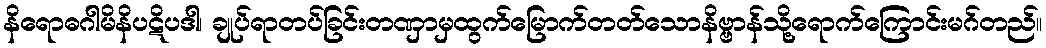
နိရောဓဂါမိနိပဋိပဒါ၊ ချုပ်ရာတပ်ခြင်းတဏှာမှထွက်မြောက်တတ်သောနိဗ္ဗာန်သို့ရောက်ကြောင်းမဂ်တည်။